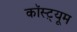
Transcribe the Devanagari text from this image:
कॉस्ट़्यूम